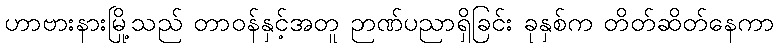
ဟာဗားနားမြို့သည် တာဝန်နှင့်အတူ ဉာဏ်ပညာရှိခြင်း ခုနှစ်က တိတ်ဆိတ်နေကာ